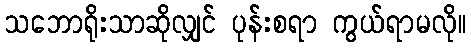
သဘောရိုးသာဆိုလျှင် ပုန်းစရာ ကွယ်ရာမလို။